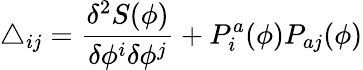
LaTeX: \triangle_{ij}=\frac{\delta^{2}S(\phi)}{\delta\phi^{i}\delta\phi^{j}}+P_{i}^{a}(\phi)P_{aj}(\phi)